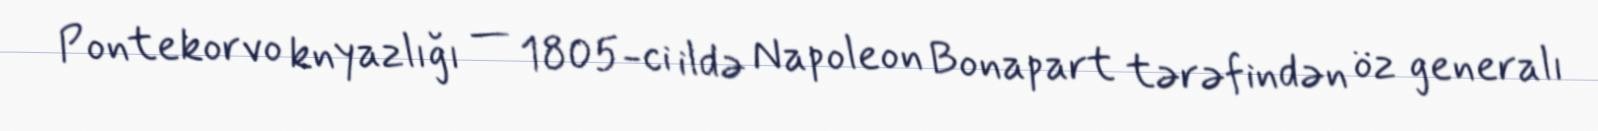
Pontekorvo knyazlığı — 1805-ci ildə Napoleon Bonapart tərəfindən öz generalı